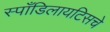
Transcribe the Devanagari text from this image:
स्पाँडिलायटिसचे